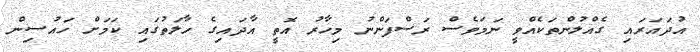
އުދައަރައި ގެއްލުންތަކެއްވީ ނަމަވެސް ރަސްފަންނު މިހާރު އޮތީ އާދައިގެ ހާލަތުގައި ކަމަށް ހައުސިން